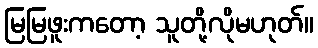
မြမြဖူးကတော့ သူတို့လိုမဟုတ်။